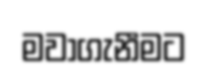
මවාගැනීමට